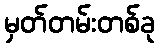
မှတ်တမ်းတစ်ခု